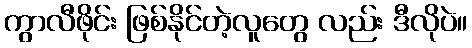
ကွာလီဖိုင်း ဖြစ်နိုင်တဲ့လူတွေ လည်း ဒီလိုပဲ။